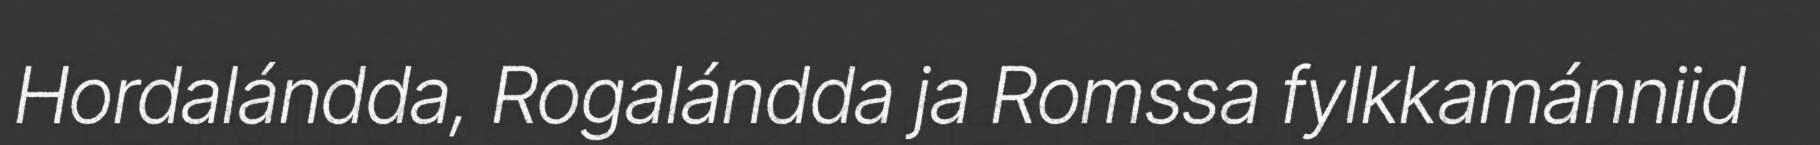
Hordalándda, Rogalándda ja Romssa fylkkamánniid